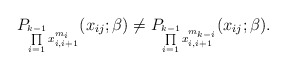
\begin{gather*}P_{\prod\limits_{i=1}^{k-1}x_{i,i+1}^{{m_i}}} (x_{ij};\beta) \not=P_{\prod\limits_{i=1}^{k-1} x_{i,i+1}^{m_{k-i}}}(x_{ij}; \beta).\end{gather*}